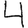
Digit: 4